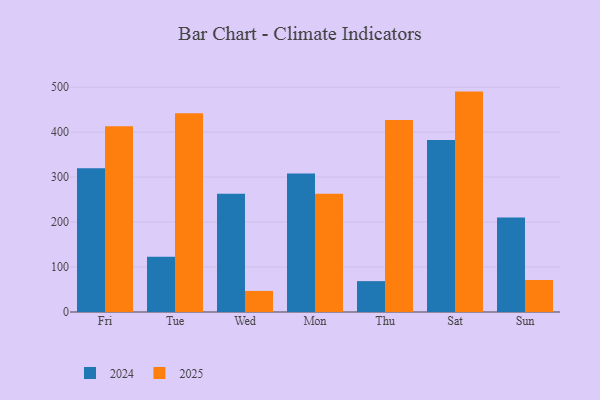
{"axis": {"x": "Day", "y": "Website Visitors"}, "legend": ["2024", "2025"], "data": [{"x": "Fri", "y": 319.4, "type": "2024"}, {"x": "Fri", "y": 413.0, "type": "2025"}, {"x": "Tue", "y": 122.9, "type": "2024"}, {"x": "Tue", "y": 442.2, "type": "2025"}, {"x": "Wed", "y": 263.1, "type": "2024"}, {"x": "Wed", "y": 46.8, "type": "2025"}, {"x": "Mon", "y": 308.0, "type": "2024"}, {"x": "Mon", "y": 263.0, "type": "2025"}, {"x": "Thu", "y": 68.6, "type": "2024"}, {"x": "Thu", "y": 427.0, "type": "2025"}, {"x": "Sat", "y": 382.5, "type": "2024"}, {"x": "Sat", "y": 490.1, "type": "2025"}, {"x": "Sun", "y": 209.9, "type": "2024"}, {"x": "Sun", "y": 71.2, "type": "2025"}]}